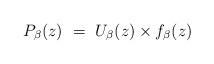
LaTeX: \begin{align*}P_{\beta}(z) ~=~ U_{\beta}(z)\times f_{\beta}(z)\end{align*}